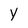
Character: y